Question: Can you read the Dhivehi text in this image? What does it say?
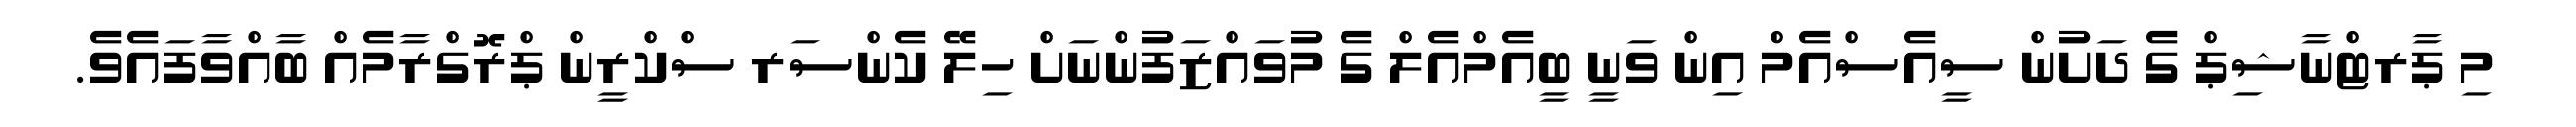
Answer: މި ޕާރޓްނާޝިޕް ގެ ދަށުން ސީއެސްއެމް އިން ވަނީ ބީއެމްއެލް ގެ މުވައްޒަފުންނަށް ހިލޭ ކެންސަރ ސްކްރީން ޕްރޮގްރާމެއް ބާއްވާފައެވެ.